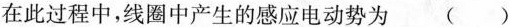
在此过程中，线圈中产生的感应电动势为 ()